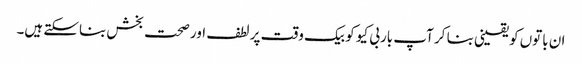
ان باتوں کو یقینی بنا کر آپ باربی کیو کو بیک وقت پر لطف اور صحت بخش بناسکتے ہیں۔